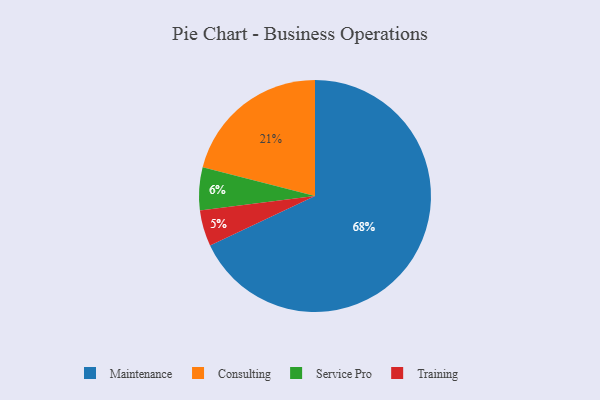
{"axis": {"x": "Category", "y": "Percentage"}, "legend": ["Consulting", "Maintenance", "Service Pro", "Training"], "data": [{"x": "Maintenance", "y": 68, "type": "Maintenance"}, {"x": "Service Pro", "y": 6, "type": "Service Pro"}, {"x": "Training", "y": 5, "type": "Training"}, {"x": "Consulting", "y": 21, "type": "Consulting"}]}